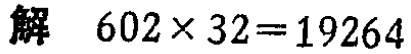
解 \(602\times32 = 19264\)